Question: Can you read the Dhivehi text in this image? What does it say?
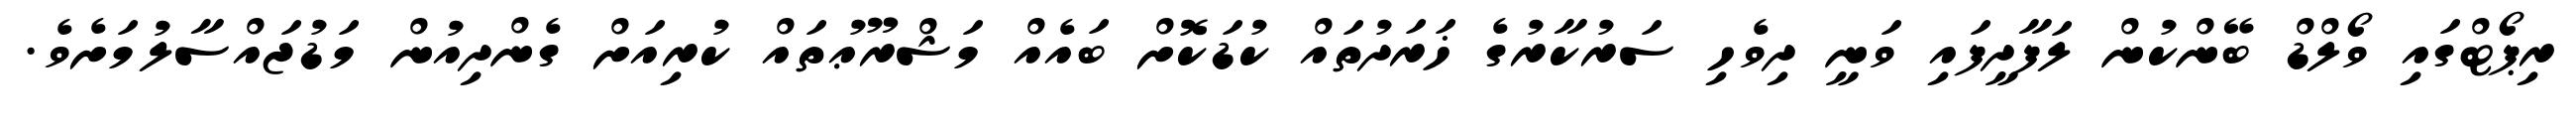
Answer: ރިޕޯޓްގައި ވޯލްޑް ބޭންކުން ލަފާދީފައި ވަނީ ދިވެހި ސަރުކާރުގެ ޚަރަދުތައް ކުޑަކޮށް ބައެއް މަޝްރޫޢުތައް ކުރިއަށް ގެންދިއުން މަޑުޖައްސާލުމަށެވެ.